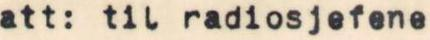
att: til radiosjefene